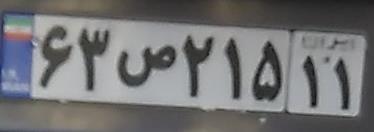
۶۲ص۲۱۵۱۱